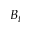
B _ { t }